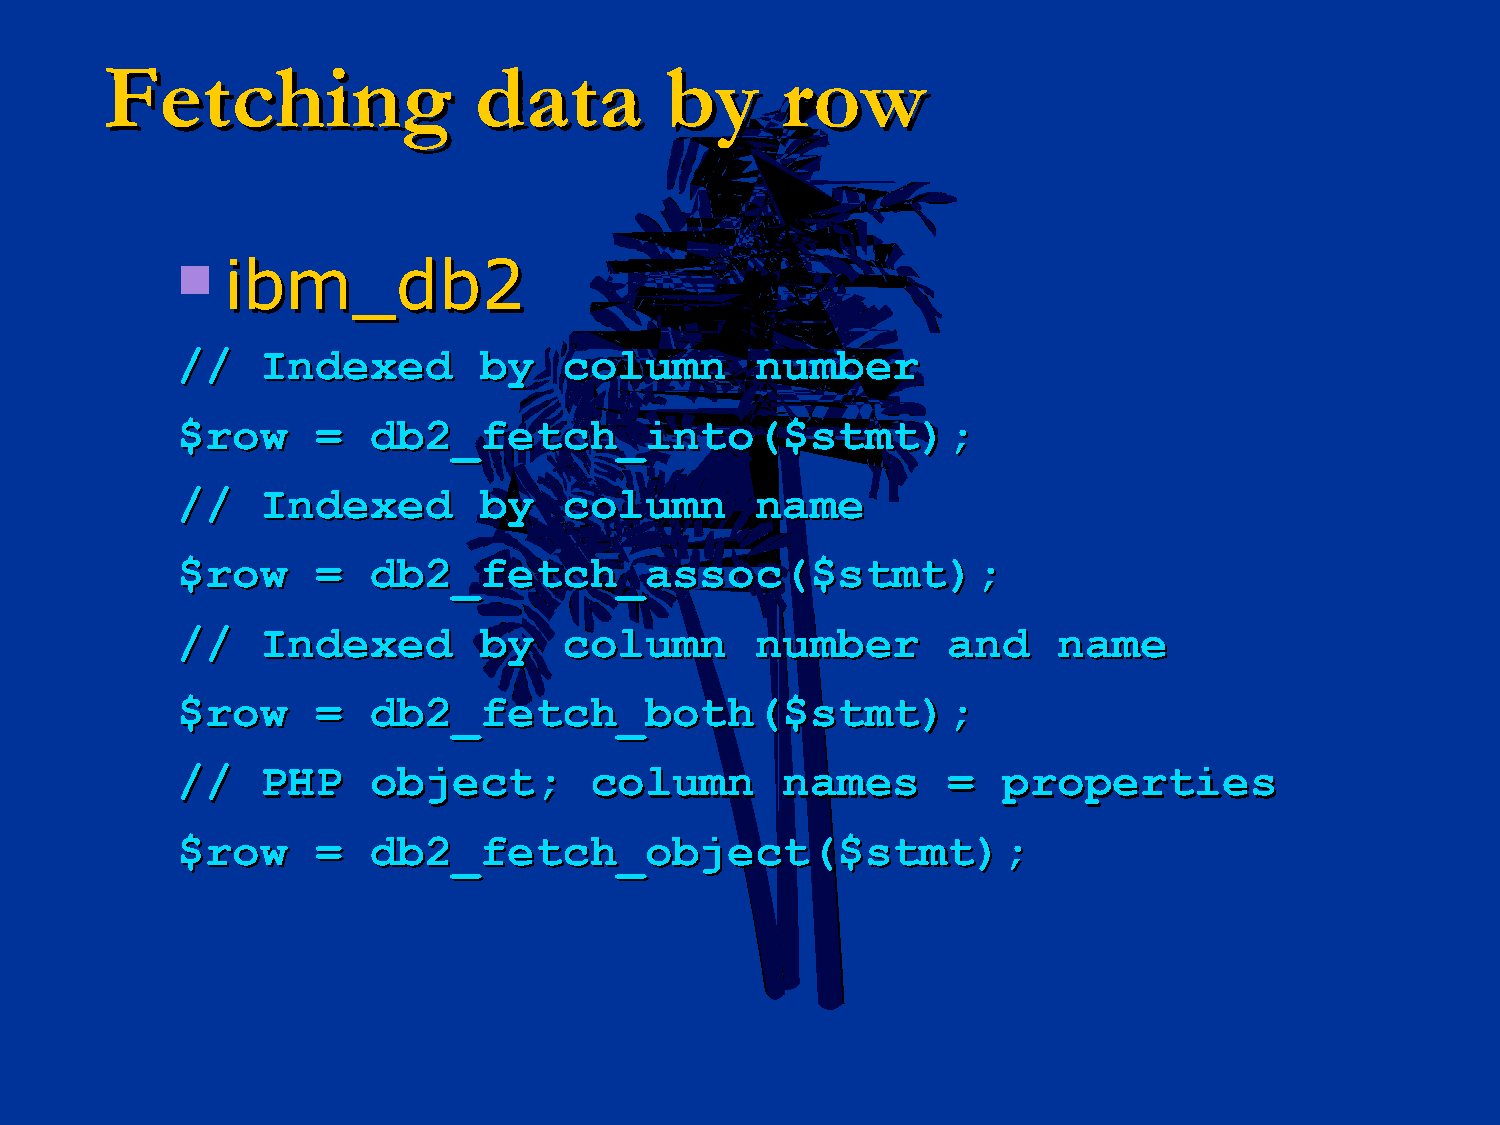
FFeettcchhiinngg        ddaattaa     bbyy    rrooww
   iibbmm__ddbb22
 //// IInnddeexxeedd bbyy ccoolluummnn nnuummbbeerr
 $$rrooww == ddbb22__ffeettcchh__iinnttoo(($$ssttmmtt));;
 //// IInnddeexxeedd bbyy ccoolluummnn nnaammee
 $$rrooww == ddbb22__ffeettcchh__aassssoocc(($$ssttmmtt));;
 //// IInnddeexxeedd bbyy ccoolluummnn nnuummbbeerr aanndd nnaammee
 $$rrooww == ddbb22__ffeettcchh__bbootthh(($$ssttmmtt));;
 //// PPHHPP oobbjjeecctt;; ccoolluummnn nnaammeess == pprrooppeerrttiieess
 $$rrooww == ddbb22__ffeettcchh__oobbjjeecctt(($$ssttmmtt));;